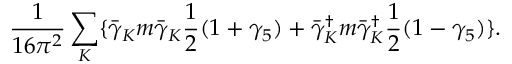
\frac { 1 } { 1 6 \pi ^ { 2 } } \sum _ { K } \{ \bar { \gamma } _ { K } m \bar { \gamma } _ { K } \frac { 1 } { 2 } ( 1 + \gamma _ { 5 } ) + \bar { \gamma } _ { K } ^ { \dagger } m \bar { \gamma } _ { K } ^ { \dagger } \frac { 1 } { 2 } ( 1 - \gamma _ { 5 } ) \} .